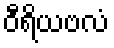
ဝီရိယဗလံ